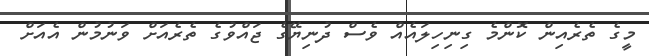
މީގެ ތެރެއިން ކޮންމެ ގިނިހިލައެއް ވެސް ދުނިޔޭގެ ޖައްވުގެ ތެރެއަށް ވަނުމުން އެއަށް